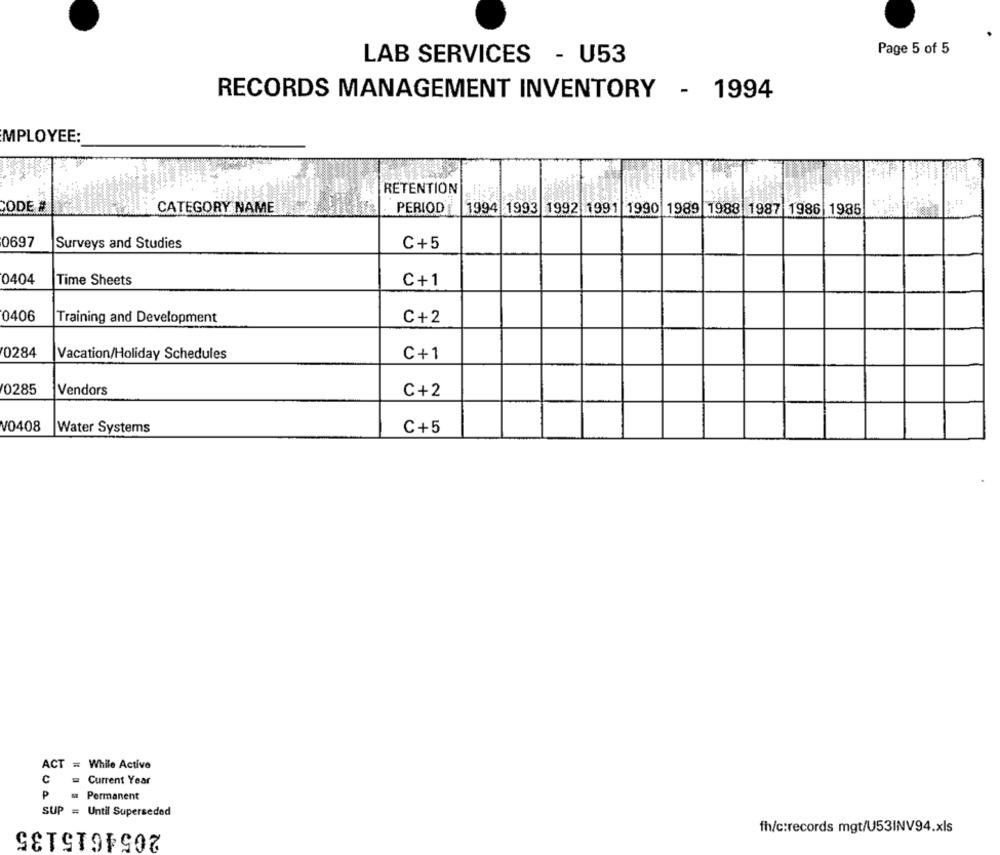
Page 5 of 5
LAB SERVICES - U53
RECORDS MANAGEMENT INVENTORY - 1994
MPLOYEE:
RETENTION
CODE
CATEGORY NAME
PERIOD
1994 1993 1992 1991 1990 1989 1988 1987 1986 1985
0697
Surveys and Studies
C+5
0404
Time Sheets
C+1
0406
Training and Development
C+2
0284
Vacation/Holiday Schedules
C+1
0285
Vendors
C+2
V0408
Water Systems
C+5
ACT = While Active
C
Current Year
Permanent
SUP = Until Superseded
2054615135
fh/c:records mgt/U53INV94.xls